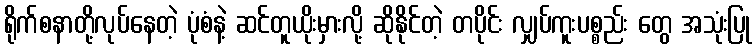
ရိုက်စနာတို့လုပ်နေတဲ့ ပုံစံနဲ့ ဆင်တူယိုးမှားလို့ ဆိုနိုင်တဲ့ တပိုင်း လျှပ်ကူးပစ္စည်း တွေ အသုံးပြု